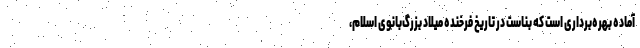
آماده بهره‌برداری است که بناست در تاریخ فرخنده میلاد بزرگ‌بانوی اسلام،